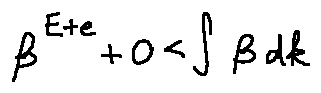
\beta ^ { E + e } + 0 < \int \beta d k